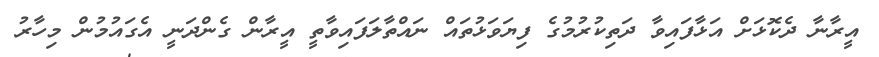
އީރާނާ ދެކޮޅަށް އަޅާފައިވާ ދަތިކުރުމުގެ ފިޔަވަޅުތައް ނައްތާލަފައިވާތީ އީރާން ގެންދަނީ އެގައުމުން މިހާރު